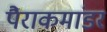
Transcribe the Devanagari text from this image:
पैराकमांडर